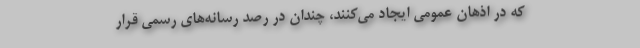
که در اذهان عمومی ایجاد می‌کنند، چندان در رصد رسانه‌های رسمی قرار